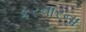
કરનારના